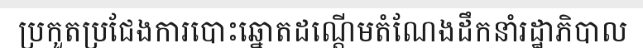
ប្រកួតប្រជែងការបោះឆ្នោតដណ្តើមតំណែងដឹកនាំរដ្ឋាភិបាល